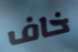
خاف